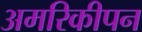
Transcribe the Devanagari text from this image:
अमरिकीपन